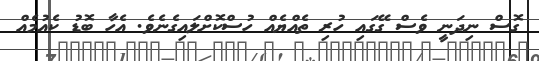
ގޮސް ނިދަނީ ވެސް ގޭގައި ހުރި ތެއްޔެއް ހުސްކޮށްލައިގެނެވެ. އެހާ ބޮޑު ކެއުމެއް